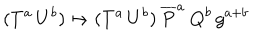
( T ^ { a } \, U ^ { b } ) \mapsto ( T ^ { a } \, U ^ { b } ) \ { \overline { { { { \bf P } } } } } ^ { a } \, { \bf Q } ^ { b } \, g ^ { a + b }